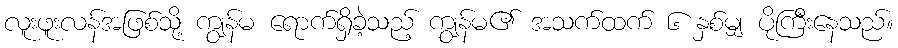
လူးဖူးလန်အဖြစ်သို့ ကျွန်မ ရောက်ရှိခဲ့သည့် ကျွန်မ၏ အသက်ထက် ၆ နှစ်မျှ ပိုကြီးနေသည်။